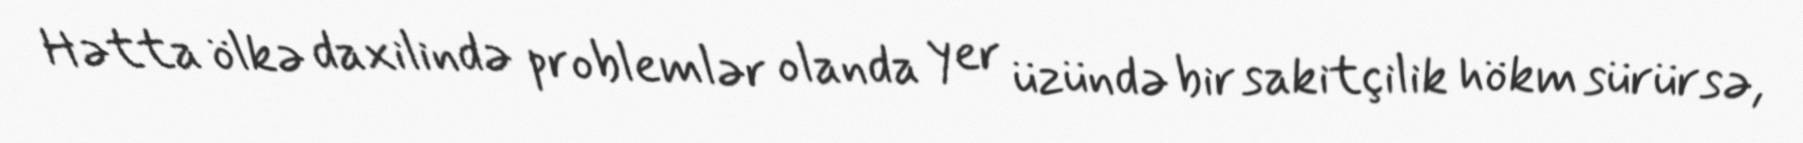
Hətta ölkə daxilində problemlər olanda yer üzündə bir sakitçilik hökm sürürsə,